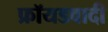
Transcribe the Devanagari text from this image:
फ्रॉयडवादी